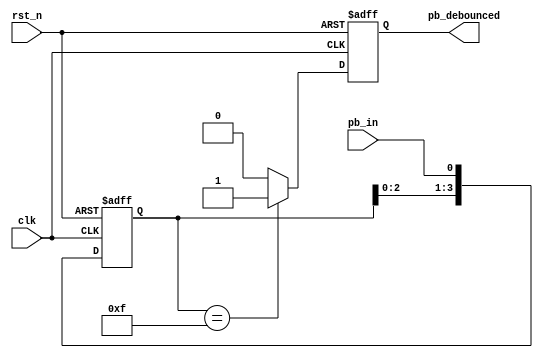
`timescale 1ns / 1ps

module debounce_circuit(
    clk,    //global clock
    rst_n,  //negative edge reset
    pb_in,  //push botton input
    pb_debounced    //debounced push botton output
);
input clk;
input rst_n;
input pb_in;
output pb_debounced;
reg pb_debounced;

//declare the internal nodes
reg [3:0] debounce_window;
reg pb_debounced_next;

//Shift register
always @(posedge clk or negedge rst_n)
    if (~rst_n)
        debounce_window <= 4'd0;
    else
        debounce_window <= {debounce_window[2:0], pb_in};

//debounce circuit
always @*
    if (debounce_window == 4'b1111)
        pb_debounced_next <= 1'b1;
    else
        pb_debounced_next <= 1'b0;
        
always @(posedge clk or negedge rst_n)
    if (~rst_n)
        pb_debounced <= 1'b0;
    else
        pb_debounced <= pb_debounced_next;

endmodule